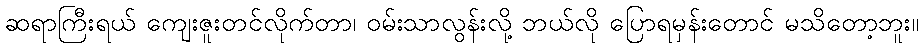
ဆရာကြီးရယ် ကျေးဇူးတင်လိုက်တာ၊ ဝမ်းသာလွန်းလို့ ဘယ်လို ပြောရမှန်းတောင် မသိတော့ဘူး။